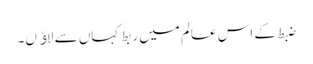
ضبط کے اس عالم میں ربط کہاں سے لاﺅں۔